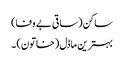
ساکن (ساقی بے وفا)
بہترین ماڈل (خاتون) ۔